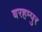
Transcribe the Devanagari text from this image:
बरहम्पुर